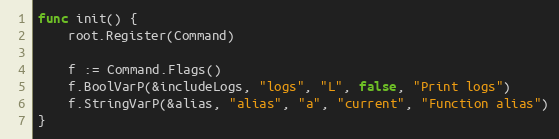
Language: Go
func init() {
	root.Register(Command)

	f := Command.Flags()
	f.BoolVarP(&includeLogs, "logs", "L", false, "Print logs")
	f.StringVarP(&alias, "alias", "a", "current", "Function alias")
}